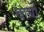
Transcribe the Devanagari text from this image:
वाघों